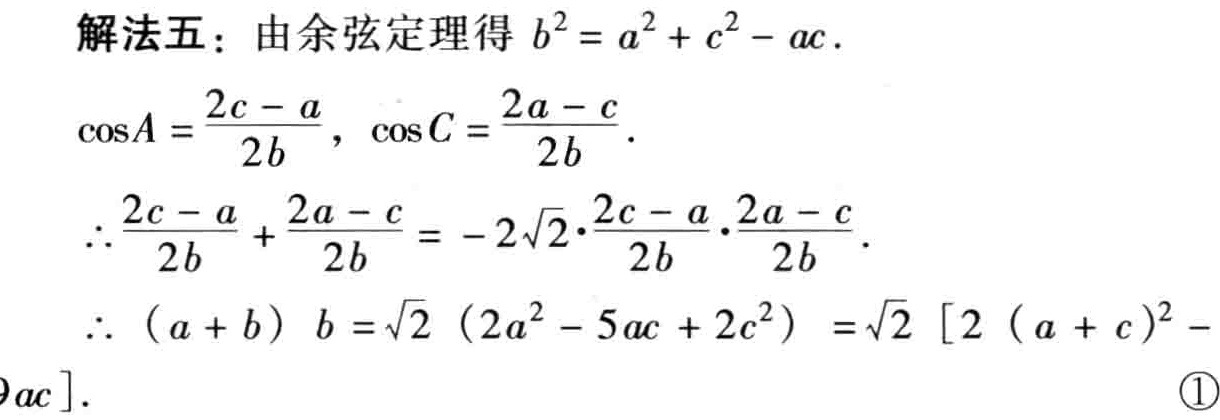
解法五：由余弦定理得 \(b^{2}=a^{2}+c^{2}-ac\).

\(\cos A = \frac{2c - a}{2b}\), \(\cos C = \frac{2a - c}{2b}\).

\(\therefore \frac{2c - a}{2b} + \frac{2a - c}{2b} = - 2\sqrt{2}\cdot\frac{2c - a}{2b}\cdot\frac{2a - c}{2b}\).

\(\therefore (a + b)b=\sqrt{2}(2a^{2}-5ac + 2c^{2})=\sqrt{2}[2(a + c)^{2}-9ac]\). \textcircled{1}